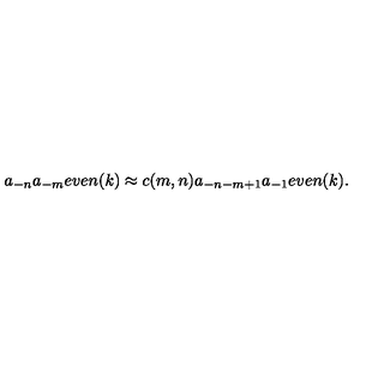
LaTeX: a _ { - n } a _ { - m } e v e n ( k ) \approx c ( m , n ) a _ { - n - m + 1 } a _ { - 1 } e v e n ( k ) .